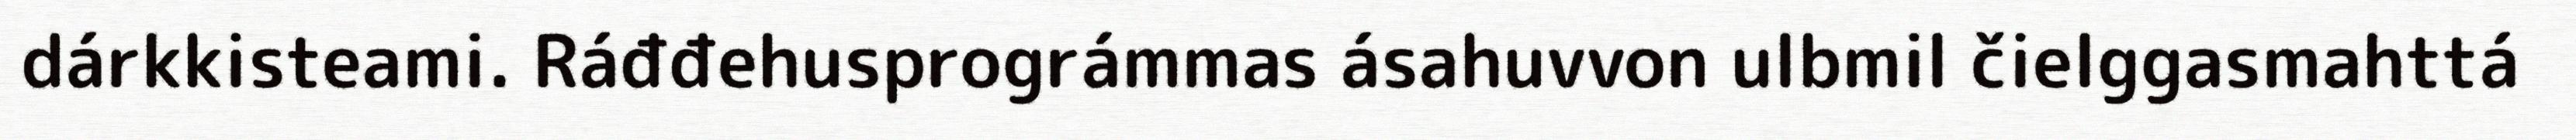
dárkkisteami. Ráđđehusprográmmas ásahuvvon ulbmil čielggasmahttá